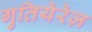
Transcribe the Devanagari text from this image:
गुतियेरेज़